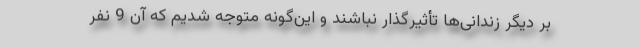
بر دیگر زندانی‌ها تأثیرگذار نباشند و این‌گونه متوجه شدیم كه آن 9 نفر